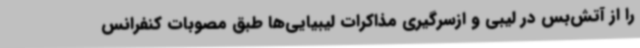
را از آتش‌بس در لیبی و ازسرگیری مذاکرات لیبیایی‌ها طبق مصوبات کنفرانس